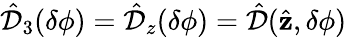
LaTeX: \hat{\mathcal{D}}_{3}(\delta\phi)=\hat{\mathcal{D}}_{z}(\delta\phi)=\hat{\mathcal{D}}(\hat{\mathbf z},\delta\phi)